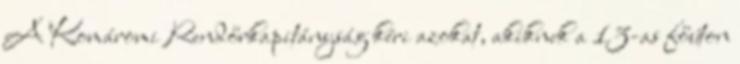
A Komáromi Rendőrkapitányság kéri azokat, akiknek a 13-as főúton